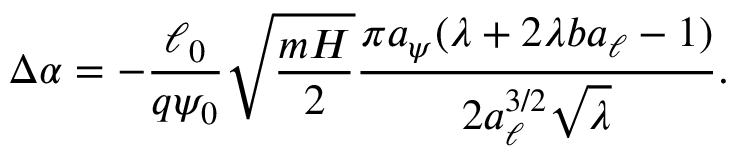
\Delta \alpha = - \frac { \ell _ { 0 } } { q \psi _ { 0 } } \sqrt { \frac { m H } { 2 } } \frac { \pi a _ { \psi } ( \lambda + 2 \lambda b a _ { \ell } - 1 ) } { 2 a _ { \ell } ^ { 3 / 2 } \sqrt { \lambda } } .